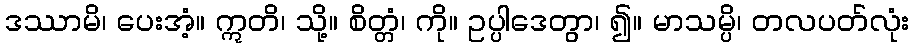
ဒဿာမိ၊ ပေးအံ့။ ဣတိ၊ သို့။ စိတ္တံ၊ ကို။ ဥပ္ပါဒေတွာ၊ ၍။ မာသမ္ပိ၊ တလပတ်လုံး